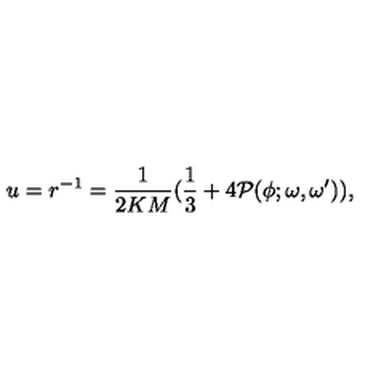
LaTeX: u = r ^ { - 1 } = { \frac { 1 } { 2 K M } } ( { \frac { 1 } { 3 } } + 4 { \cal P } ( \phi ; \omega , \omega ^ { \prime } ) ) ,